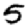
Digit: 5